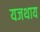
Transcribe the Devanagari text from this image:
यजथाय